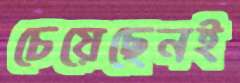
চেয়েছেনই